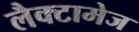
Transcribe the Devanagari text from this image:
लैक्टामेज